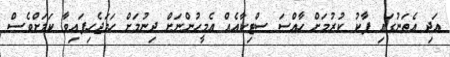
އަދި އެތަނުގައި ޕާކު ކުރުމަށް ހާއްސަ ސްޓިކާއެއް އެމީހުންނަށް ދިނުމަށް ހަމަޖެހިފައިވާ ކަމަށްވެސް